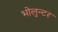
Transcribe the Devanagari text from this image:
भोलुन्टर